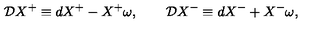
{ \cal D } X ^ { + } \equiv d X ^ { + } - X ^ { + } \omega , \qquad { \cal D } X ^ { - } \equiv d X ^ { - } + X ^ { - } \omega ,